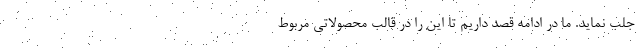
جلب نماید. ما در ادامه قصد داریم تا این را در قالب محصولاتی مربوط